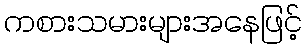
ကစားသမားများအနေဖြင့်